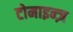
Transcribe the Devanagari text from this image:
टोमाइन्ज़